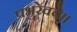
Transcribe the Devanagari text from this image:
प्रभुरेवचे।।